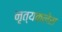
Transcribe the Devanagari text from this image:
नृत्यकलेस